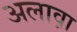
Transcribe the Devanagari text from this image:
अलाव़ा